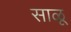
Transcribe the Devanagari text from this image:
साळू